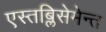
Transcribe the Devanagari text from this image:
एस्तब्लिसेमेन्त